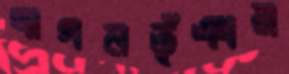
দাগনভূঁঞার